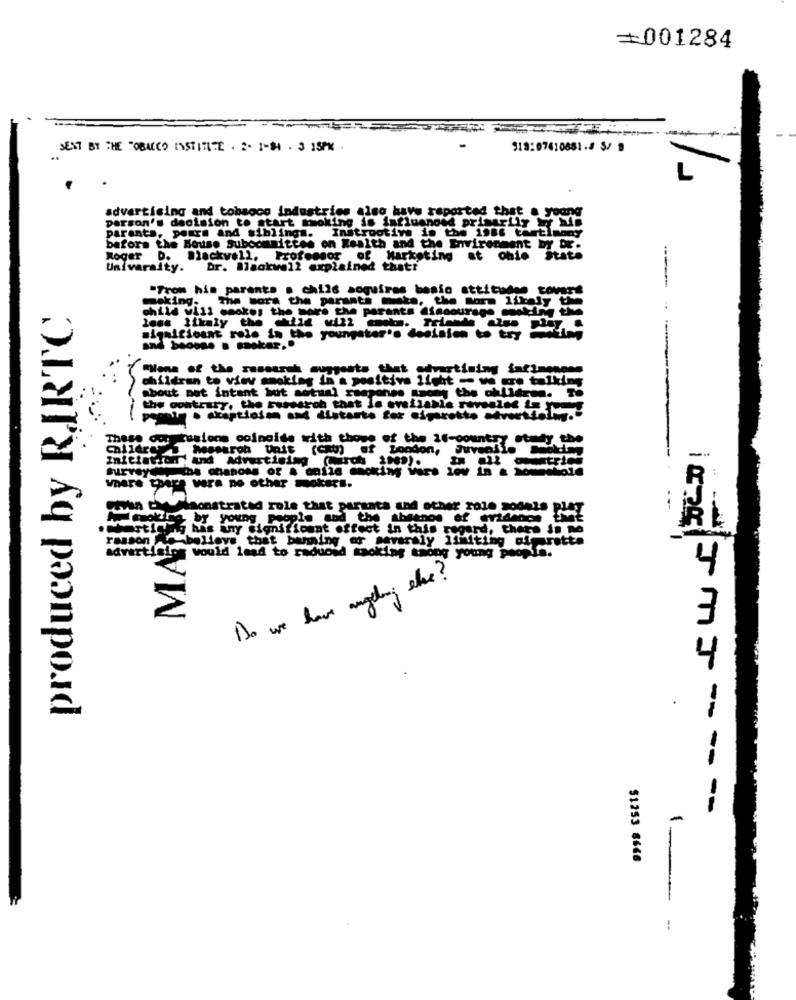
=001284
SENT BY THE TOBACCO INSTITUTE . 2. 1-84 . 3 1SPR .
advertising and tobagoo industries also have reported that a young
person's decision to start mok
Ming is influenced primarily ur bis
parents, poura and siblings. Instrootive is the 1986 tastimony
before the House Subcommittee on Wealth and the Environment DY DK.
Roger D. Blackwell, Professor of Marketing at ohio State
University. br. Blackwell explained thatr
"From his parents a child soquires bosio attitudes covers
making. The mora the paranti eta, the more likely the
produced by RIRTC
child vill cookes the more the parents diacourage se
less likaly the child vi32 . Trlande also play. .
significant role in the youngstar's desision to try img
and baoons . soker ..
WHone of the russtrek suggests that avartiming infimenon
children to viev smoking in a De
n a positive light -- ve gro talking
about not intant but sotaal responss csony the oflid
the contrary, the Fusesroh that la erefiable rovsales Le yes
These ocretusions coincide with those of the 16-country study the
Children Wasargh Unit (Cat) of London, Juvenile Sokdag
--
Initiationr ' and Advertising (arch 1999).
:
Where there were no other mokers.
monstrated role that parents and other role models play
14 young People and the absenos of evidence that
MA
any significant effect in this ro
rasson - believe that banning or severaly limiting cigarette
advertising would lead to reduced smoking thong young people.
4
Do we have angling else?
4
-
$1253 8666